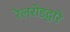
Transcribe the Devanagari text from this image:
रेलरोडद्वारे